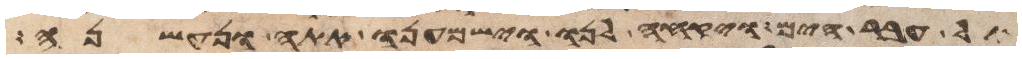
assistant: עבר הים ויקחה לנו וישמענו אתה ונעשנה